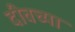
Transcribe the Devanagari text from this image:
दीवच्या